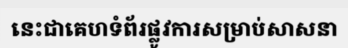
នេះជាគេហទំព័រផ្លូវការសម្រាប់សាសនា